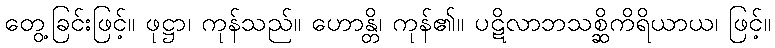
တွေ့ခြင်းဖြင့်။ ဖုဋ္ဌာ၊ ကုန်သည်။ ဟောန္တိ၊ ကုန်၏။ ပဋိလာဘသစ္ဆိကိရိယာယ၊ ဖြင့်။